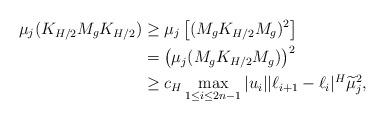
LaTeX: \begin{align*}\mu_j(K_{H/2}M_gK_{H/2})&\geq\mu_j\left[(M_{g}K_{H/2}M_{g})^2\right]\\&=\left(\mu_j(M_{g}K_{H/2}M_{g})\right)^2\\&\geq c_{H}\max_{1\leq i\leq2n-1}|u_i||\ell_{i+1}-\ell_i|^{H}\widetilde{\mu}_j^2,\end{align*}